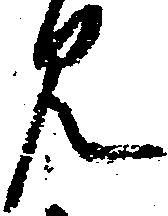
見